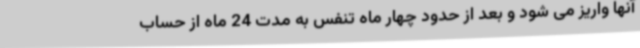
آنها واریز می شود و بعد از حدود چهار ماه تنفس به مدت 24 ماه از حساب